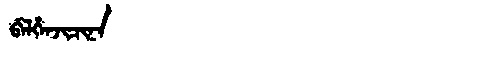
Manchu: ᠪᡝᠯᡥᡝᠨᠵᡳᠴᡳᠨᠠ
Romanization: BELHENJICINA